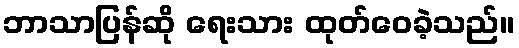
ဘာသာပြန်ဆို ရေးသား ထုတ်ဝေခဲ့သည်။